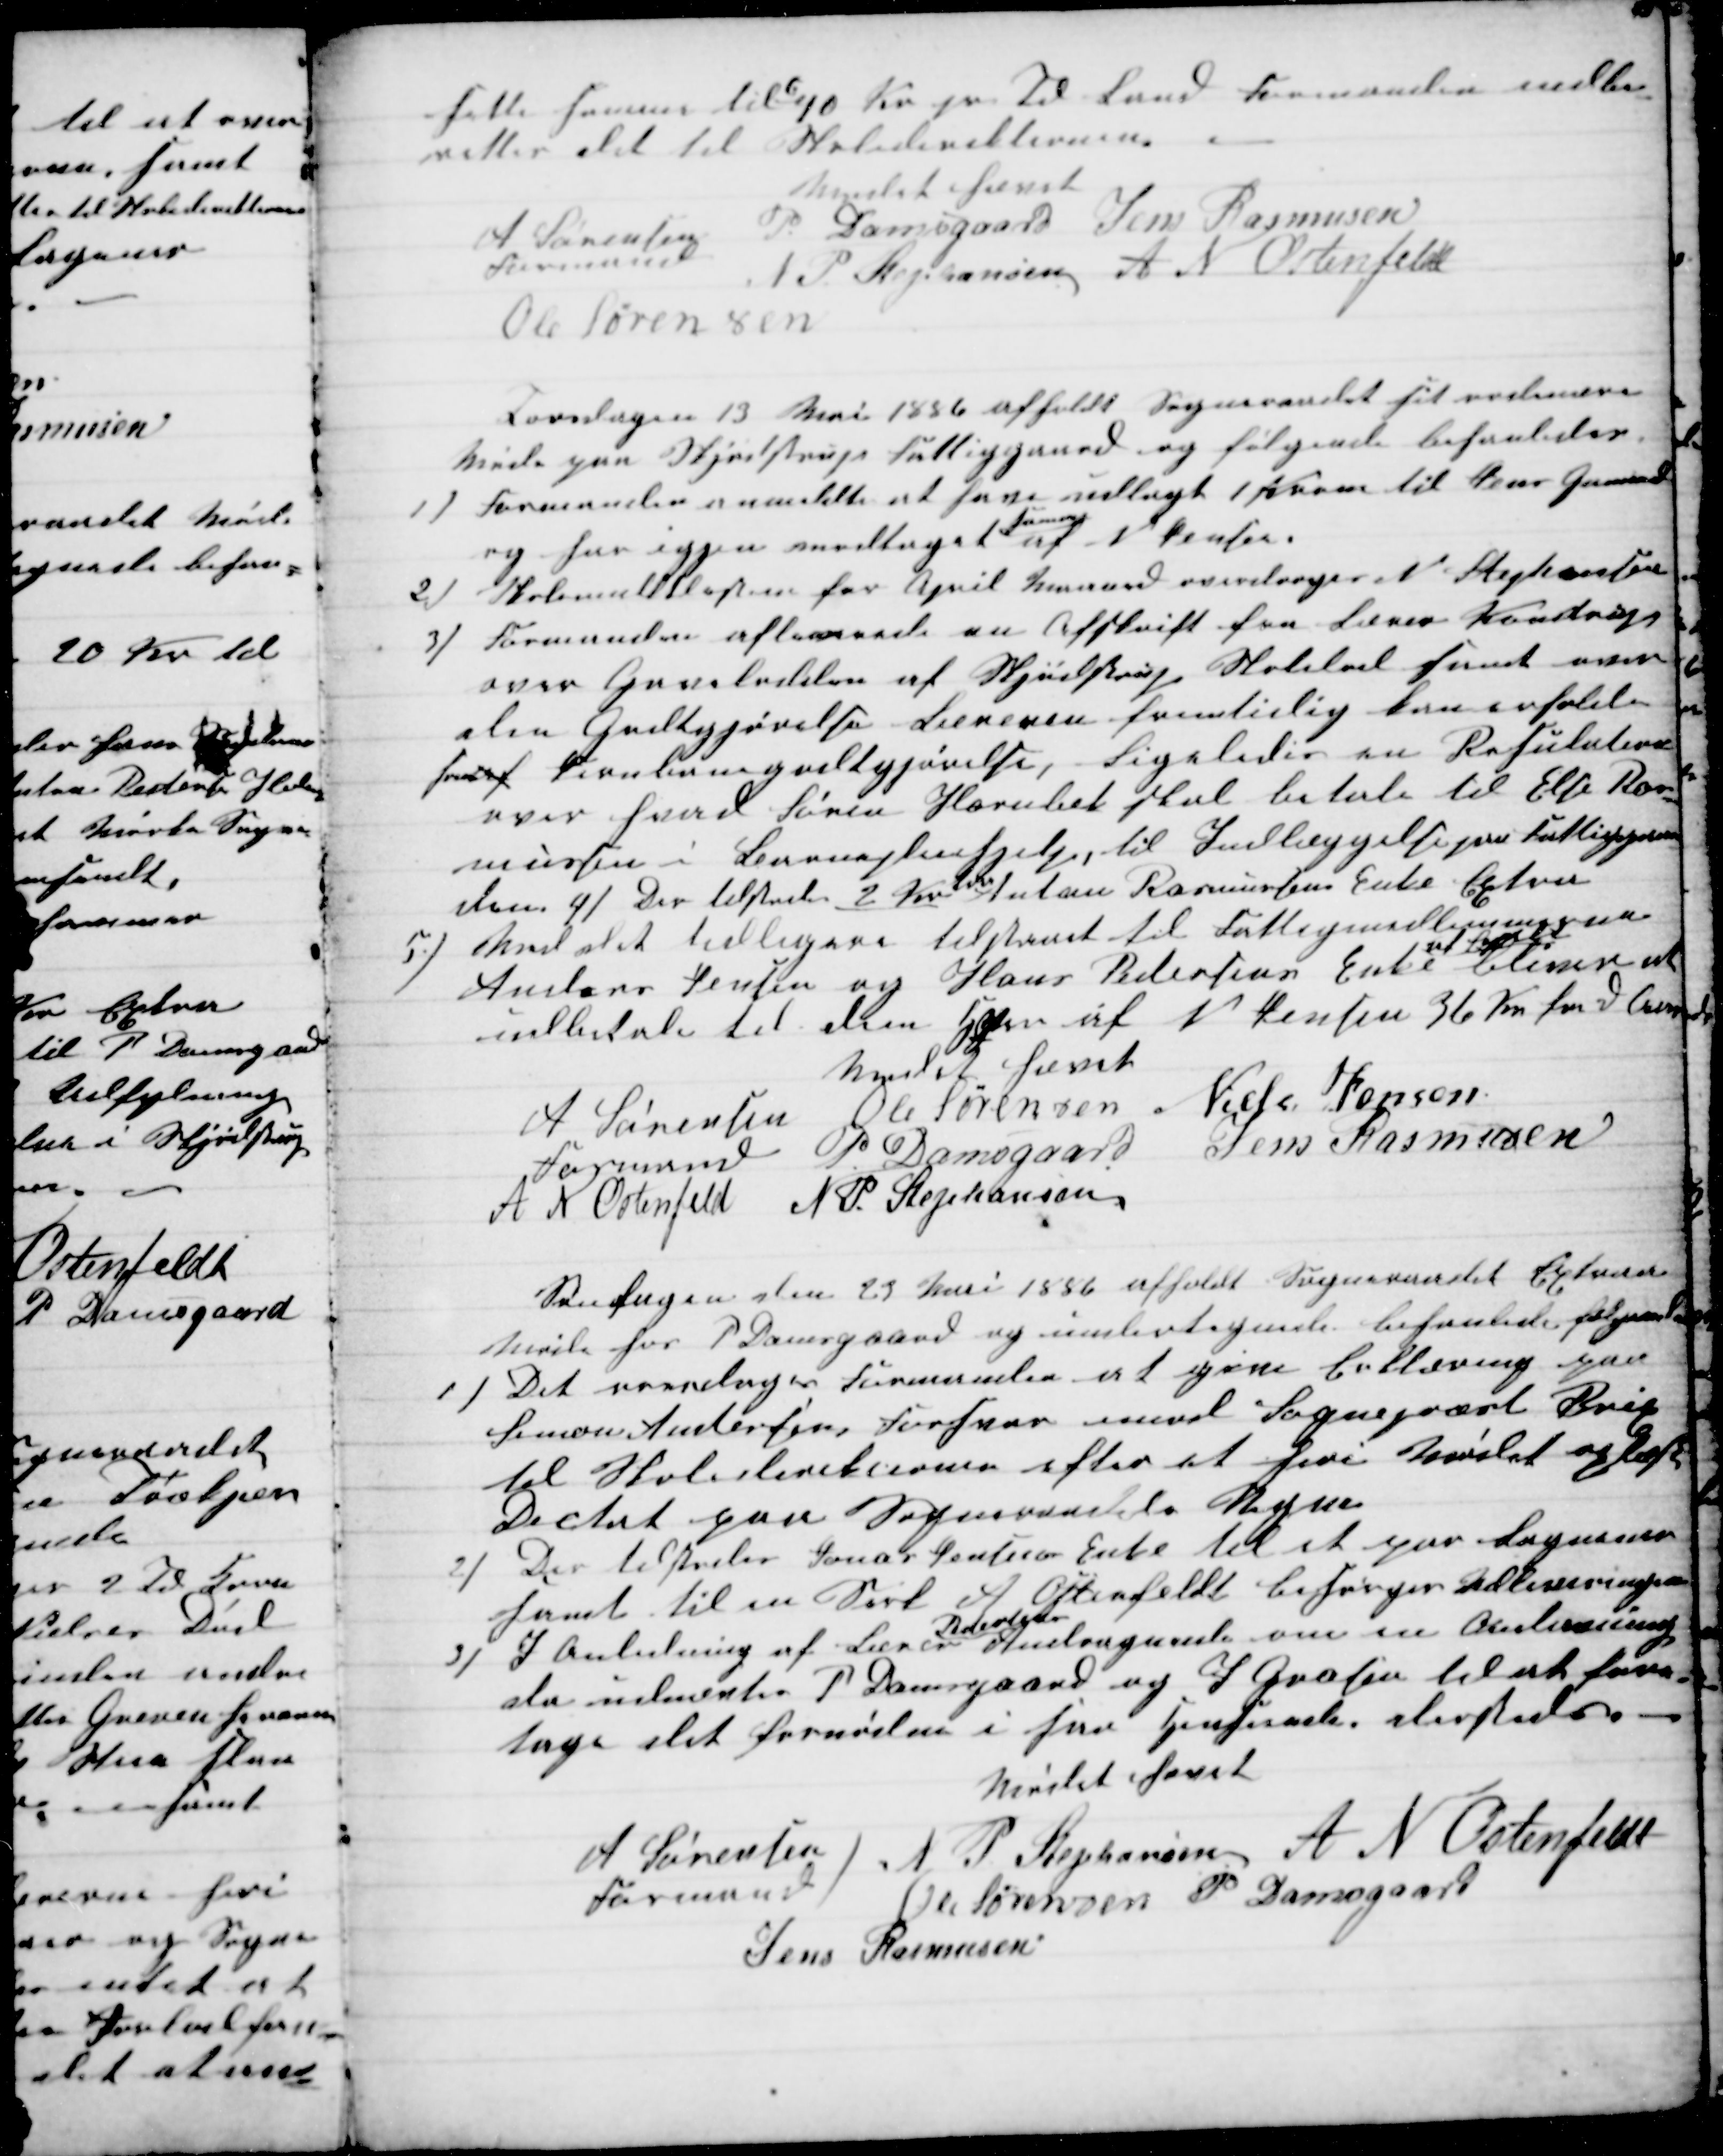
Transskription:
sætte samme til 
6
10 Kr pr Td Land Formanden indbe-
retter det til Skoledirektionen.
Mødet hævet
A Sørensen 
Formand
P. Damsgaard Jens Rasmusen
N P Stephansen A N Ostenfeldt
Ole Sørensen
Torsdagen 13 Mai 1886 afholdt Sogneraadet sit ordinære
Møde paa Skjødstrup Fattiggaard, og følgende behanledes.
1) Formanden anmeldte at have udlagt 1 Krone til Jens Gammel
og har igjen modtaget 
samme
af N Jensen.
2) Skolemulktlisten for April Maaned overdroges N. Stephansen
3) Formanden afleverede en Afskrift fra Lærer Kondrup
over Gaarlodden af Skjødstrup Skolelod samt over
den Godtgjørelse Læreren fremtidlig kan erholde
for af Jernbanegodtgjørelse, Ligeledes en Resulotion
over hvad Søren Hornbek skal betale til Else Ras-
mussen i Barnepleiehjelp, til Indlæggelse paa Fattiggaar-
den 4) Der tilstodes 2 Kr 
til
Anton Rasmussens Enke Extra
5) Ved det tidligere tilstaaet til Fattigmedlemmerne
Anders Jensen og Hans Pedersens Enke 
af Segalt
bliver at
udbetale til dem Hver af N Jensen 36 Kr for d Aar
Mødet hævet
A Sørensen
Formand 
Ole Sørensen Niels Jensen
P Damsgaard Jens Rasmusen
A N Ostenfeld N P. Stephansen
Søndagen den 23 Mai 1886 afholdt Sogneraadet Extra
Møde hos P Damsgaard og undertegnede behanlede følgende
1) Det overdroges Formanden at give Erklæring paa
Simon Andersens Forsvar imod Sognepræst Brix
til Skoledirektionen efter at heri Mødet oplæst
Dictat paa Sogneraadets Vegne
2) Der tilstodes Jonas Jensens Enke til et par Lagener
samt til en Sørt A Offenfeldt besørger Udleveringen
3) I Anledning af Lærer 
Pedersen
Andragende om en Ændrning
da udnævtes P Damsgaard og J Grosen til at fore-
tage det fornødne i saa Henseende dersteds
Mødet hævet
A Sørensen
Formand
N P Stephansen A N Ostenfeldt
Ole Sørensen P Damsgaard
Jens Rasmusen